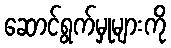
ဆောင်ရွက်မှုများကို